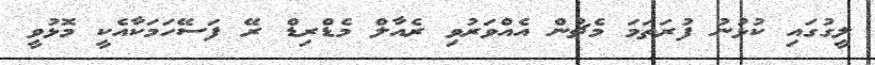
ލީގުގައި ކުޅުނު ފުރަތަމަ މެޗުން އެއްވަރުވި ރެއާލް މެޑްރިޑް ރޭ ފަސޭހަމަކާއެކީ މޮޅުވީ